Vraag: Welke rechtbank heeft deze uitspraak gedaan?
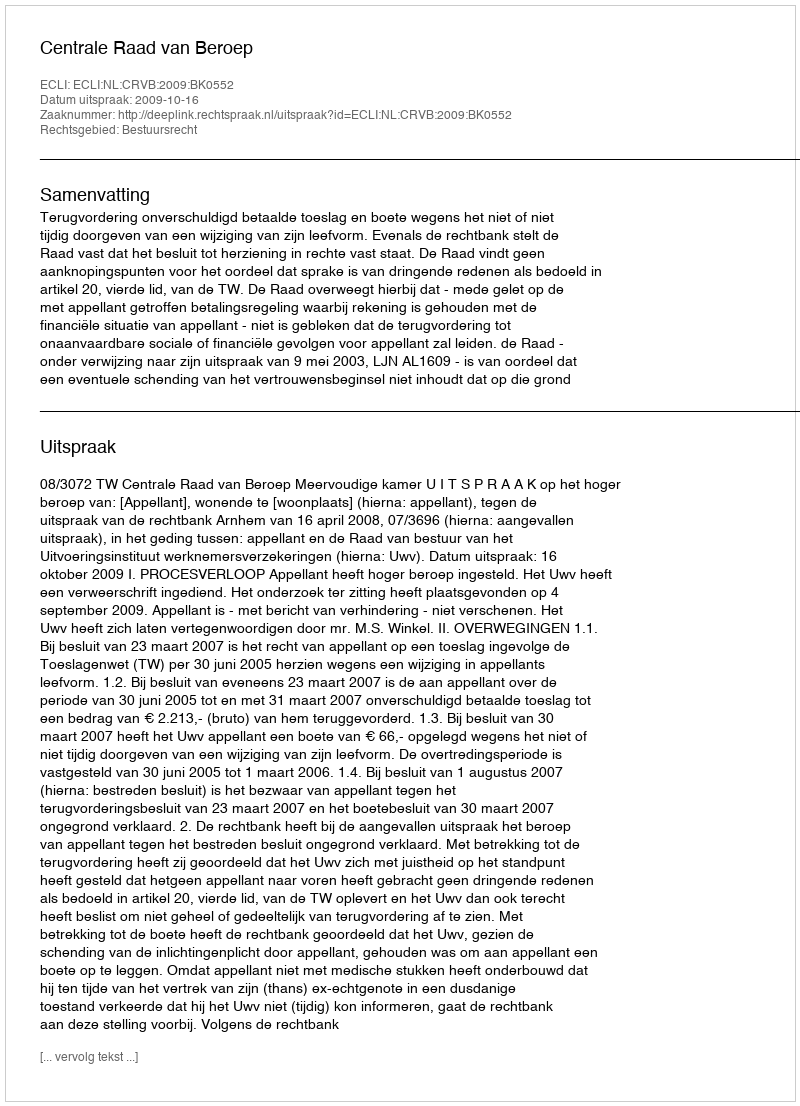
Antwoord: Centrale Raad van Beroep